Vaccination in Bombay 1863-1868 - 1863-1868
Year: 1863
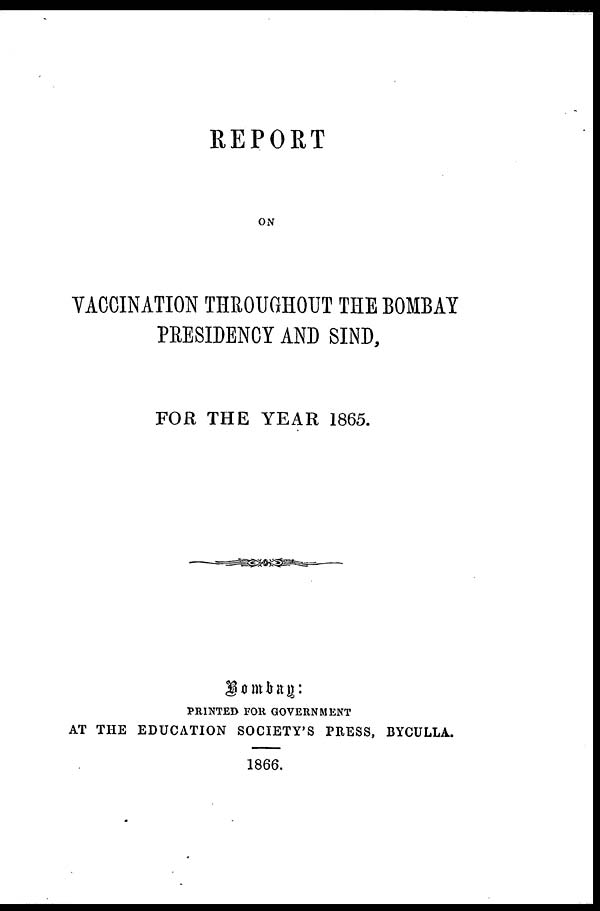
REPORT
ON
VACCINATION THROUGHOUT THE BOMBAY
PRESIDENCY AND SIND,
FOR THE YEAR 1865.
Bombay:
PRINTED FOR GOVERNMENT
AT THE EDUCATION SOCIETY'S PRESS, BYCULLA.
1866.